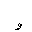
Letter: _waw